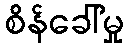
စိန်ခေါ်မှု